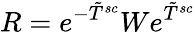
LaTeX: R=e^{-\tilde{T}^{sc}}We^{\tilde{T}^{sc}}